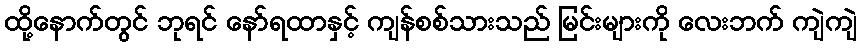
ထို့နောက်တွင် ဘုရင် နော်ရထာနှင့် ကျန်စစ်သားသည် မြင်းများကို လေးဘက် ကျဲကျဲ